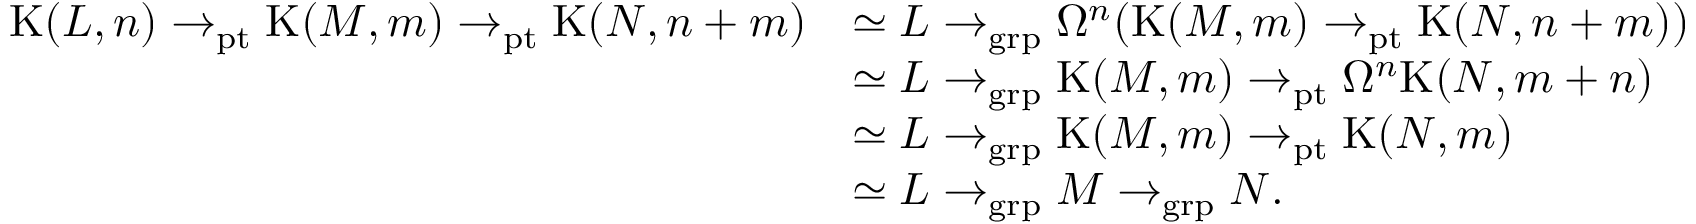
\begin{array} { r l } { \mathrm { K } ( L , n ) \to _ { \mathrm { p t } } \mathrm { K } ( M , m ) \to _ { \mathrm { p t } } \mathrm { K } ( N , n + m ) } & { \simeq L \to _ { \mathrm { g r p } } \Omega ^ { n } ( \mathrm { K } ( M , m ) \to _ { \mathrm { p t } } \mathrm { K } ( N , n + m ) ) } \\ & { \simeq L \to _ { \mathrm { g r p } } \mathrm { K } ( M , m ) \to _ { \mathrm { p t } } \Omega ^ { n } \mathrm { K } ( N , m + n ) } \\ & { \simeq L \to _ { \mathrm { g r p } } \mathrm { K } ( M , m ) \to _ { \mathrm { p t } } \mathrm { K } ( N , m ) } \\ & { \simeq L \to _ { \mathrm { g r p } } M \to _ { \mathrm { g r p } } N . } \end{array}